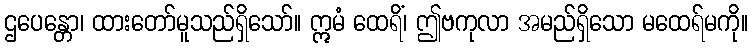
ဌပေန္တော၊ ထားတော်မူသည်ရှိသော်။ ဣမံ ထေရိံ၊ ဤဗကုလာ အမည်ရှိသော မထေရ်မကို။